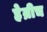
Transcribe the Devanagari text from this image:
हेन्रीच